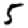
Digit: 5